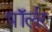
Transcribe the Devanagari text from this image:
पॉर्लर